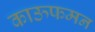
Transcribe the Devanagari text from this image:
काऊफमन